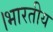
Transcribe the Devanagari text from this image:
।भारतीय